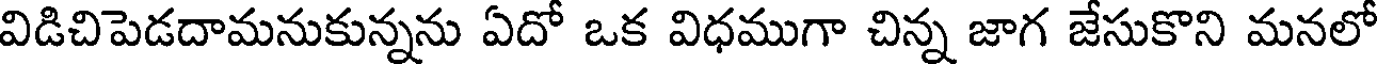
విడిచిపెడదామనుకున్నను ఏదో ఒక విధముగా చిన్న జాగ జేసుకొని మనలో